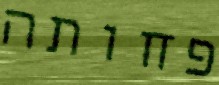
פחותה